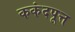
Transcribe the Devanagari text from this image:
ककंदपूत्त